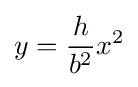
y={\frac {h}{b^{2}}}x^{2}